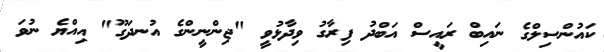
ކައުންސިލްގެ ނައިބް ރައީސް އަބްދު ފިރާގު ވިދާޅުވީ "ޖިންނީންގެ އުނދަގޫ" އިއްޔެ ނުވަ